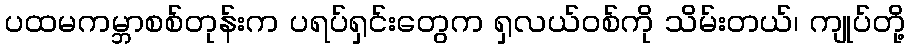
ပထမကမ္ဘာစစ်တုန်းက ပရပ်ရှင်းတွေက ရှလယ်ဝစ်ကို သိမ်းတယ်၊ ကျုပ်တို့